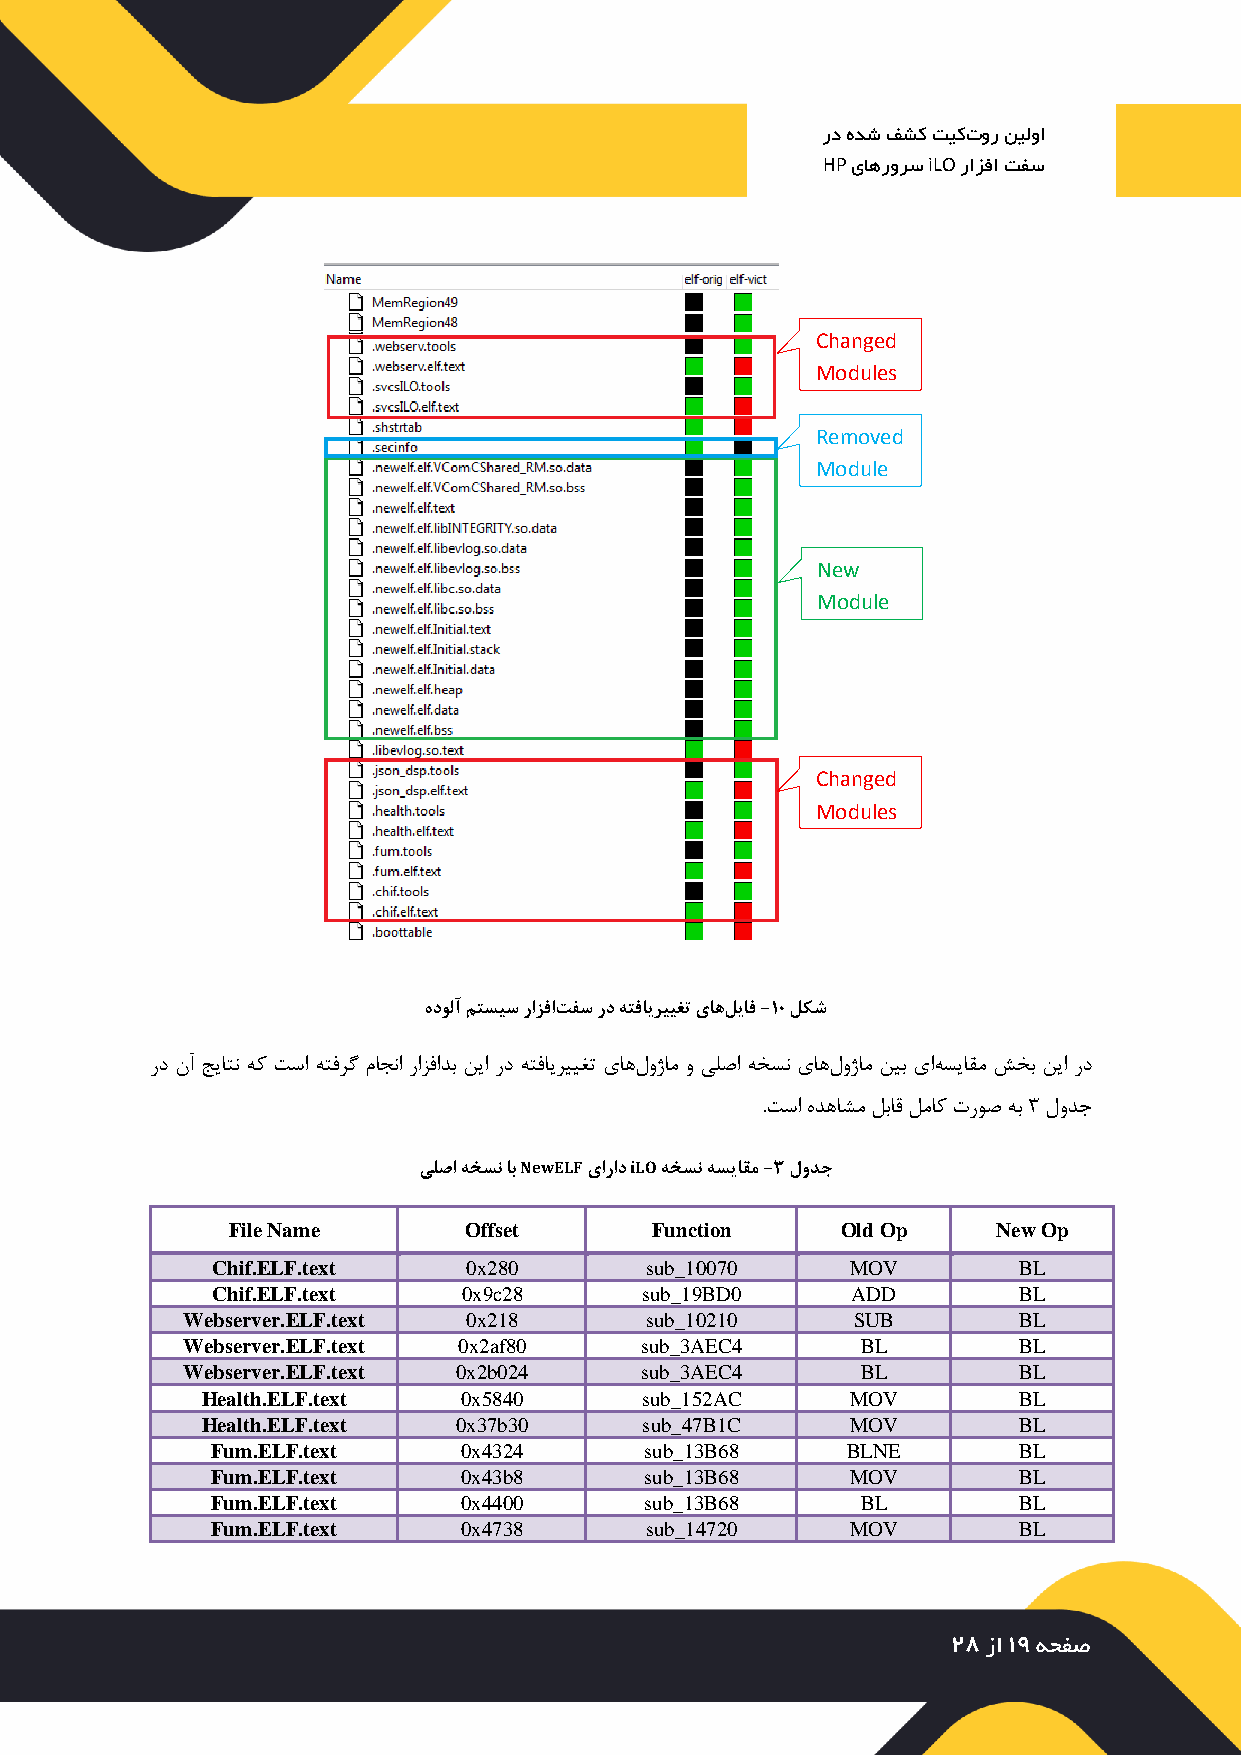
رد هدش فشک تیکتور نیلوا
 HP یاهرورس iLO رازفا تفس
 Changed
 Modules
 Removed
 Module
 New
 Module
 Changed
 Modules
 هدولآ متسیس رازفاتفس رد هتفایرییغت یاهلیاف -10 لکش
 رد نآ جیاتن هک تسا هتفرگ ماجنا رازفادب نیا رد هتفایرییغت یاهلوژام و یلصا هخسن یاهلوژام نیب یاهسیاقم شخب نیا رد
 .تسا هدهاشم لباق لماک تروص هب 3 لودج
 یلصا هخسن اب NewELF یاراد iLO هخسن هسیاقم -3 لودج
 File Name       Offset      Function     Old Op    New Op
 Chif.ELF.text    0x280       sub_10070    MOV        BL
 Chif.ELF.text    0x9c28     sub_19BD0     ADD        BL
 Webserver.ELF.text 0x218       sub_10210     SUB       BL
 Webserver.ELF.text 0x2af80    sub_3AEC4      BL        BL
 Webserver.ELF.text 0x2b024    sub_3AEC4      BL        BL
 Health.ELF.text  0x5840      sub_152AC     MOV        BL
 Health.ELF.text  0x37b30      sub_47B1C    MOV        BL
 Fum.ELF.text    0x4324       sub_13B68    BLNE       BL
 Fum.ELF.text    0x43b8       sub_13B68    MOV        BL
 Fum.ELF.text    0x4400       sub_13B68     BL        BL
 Fum.ELF.text    0x4738       sub_14720    MOV        BL
 28 زا 19 هحفص